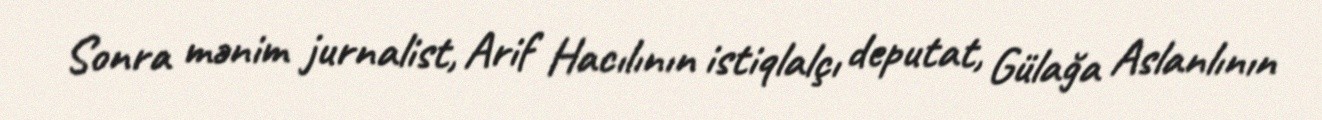
Sonra mənim jurnalist, Arif Hacılının istiqlalçı deputat, Gülağa Aslanlının